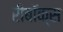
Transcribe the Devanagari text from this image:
रीबॉक्स